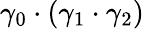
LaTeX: \gamma_{0}\cdot(\gamma_{1}\cdot\gamma_{2})